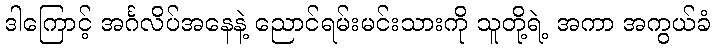
ဒါကြောင့် အင်္ဂလိပ်အနေနဲ့ ညောင်ရမ်းမင်းသားကို သူတို့ရဲ့ အကာ အကွယ်ခံ